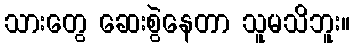
သားတွေ ဆေးစွဲနေတာ သူမသိဘူး။